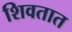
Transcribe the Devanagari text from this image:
शिवतात